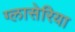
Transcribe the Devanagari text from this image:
ग्लासेरिया